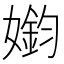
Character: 𫱳